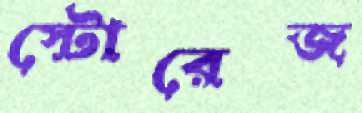
স্টোরেজ